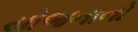
યોજનાનો